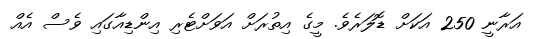
އަރާނީ 250 އަކަށް ޑޮލަރެވެ. މީގެ އިތުރަށް އަވަށްޓެރި އިންޑިއާގައި ވެސް އެއް